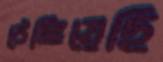
ঠেঙ্গিয়েছি